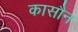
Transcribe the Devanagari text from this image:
कासौन